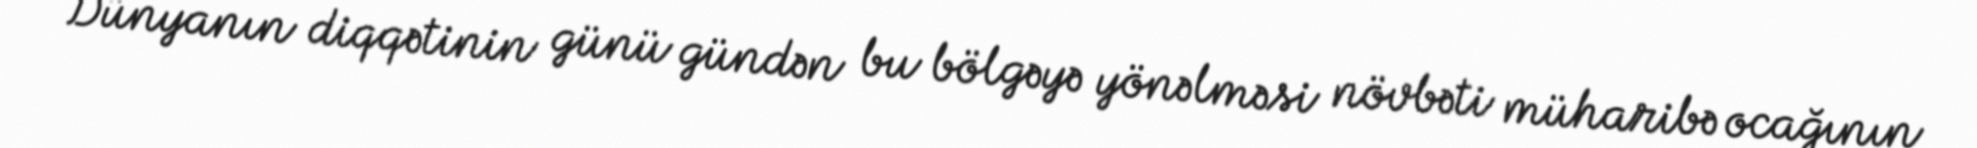
Dünyanın diqqətinin günü gündən bu bölgəyə yönəlməsi növbəti müharibə ocağının